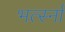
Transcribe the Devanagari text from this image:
भर्त्स्ना